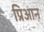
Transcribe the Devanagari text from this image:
प्रिआन